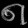
Digit: ၈